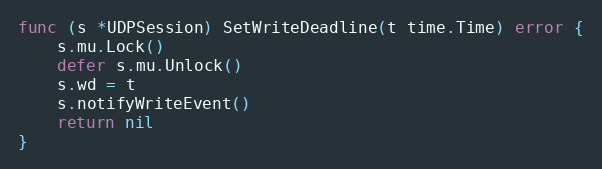
Language: Go
func (s *UDPSession) SetWriteDeadline(t time.Time) error {
	s.mu.Lock()
	defer s.mu.Unlock()
	s.wd = t
	s.notifyWriteEvent()
	return nil
}